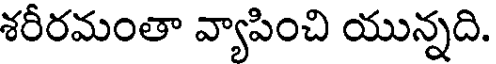
శరీరమంతా వ్యాపించి యున్నది.